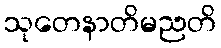
သုတေနာတိမညတိ